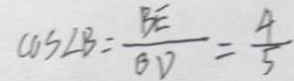
\cos \angle B = \frac { B E } { B D } = \frac { 4 } { 5 }